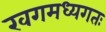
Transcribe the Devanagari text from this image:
खगमध्यगतः